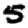
Digit: 5